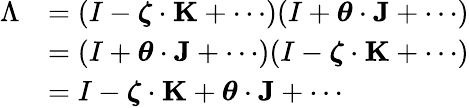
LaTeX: {\begin{array}{rl}{\Lambda}&{=(I-{\boldsymbol{\zeta}}\cdot\mathbf{K}+\cdots)(I+{\boldsymbol{\theta}}\cdot\mathbf{J}+\cdots)}\\ &{=(I+{\boldsymbol{\theta}}\cdot\mathbf{J}+\cdots)(I-{\boldsymbol{\zeta}}\cdot\mathbf{K}+\cdots)}\\ &{=I-{\boldsymbol{\zeta}}\cdot\mathbf{K}+{\boldsymbol{\theta}}\cdot\mathbf{J}+\cdots}\end{array}}